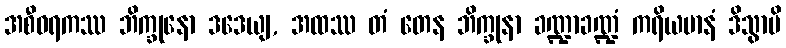
အစီဝရကဿ ဘိက္ခုနော ဒဒေယျ, အထဿ တံ တေန ဘိက္ခုနာ ခဏ္ဍာခဏ္ဍံ ကရိယမာနံ ဒိသွာပိ